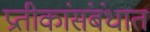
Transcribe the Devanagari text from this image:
प्रतीकांसंबंधात